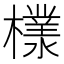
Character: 𣞧